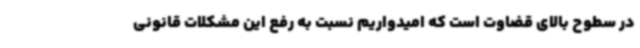
در سطوح بالای قضاوت است که امیدواریم نسبت به رفع این مشکلات قانونی